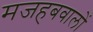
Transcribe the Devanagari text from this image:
मजहबवालों